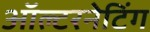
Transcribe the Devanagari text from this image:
ऑल्टरनेटिंग